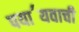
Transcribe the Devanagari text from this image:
पया॔यवाची